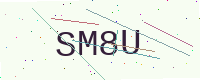
Text: SM8U